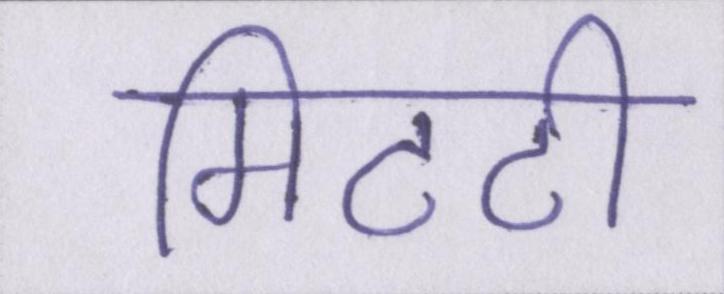
मिटटी